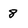
Character: 8